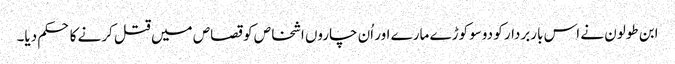
ابن طولون نے اس باربردار کو دوسو کوڑے مارے اور اُن چاروں اشخاص کو قصاص میں قتل کرنے کا حکم دیا۔